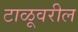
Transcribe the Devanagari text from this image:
टाळूवरील